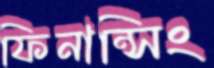
ফিনান্সিং